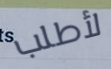
لأطلب